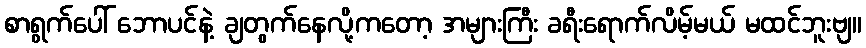
စာရွက်ပေါ် ဘောပင်နဲ့ ချတွက်နေလို့ကတော့ အများကြီး ခရီးရောက်လိမ့်မယ် မထင်ဘူးဗျ။